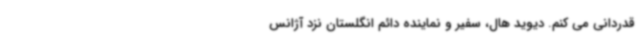
قدردانی می کنم. دیوید هال، سفیر و نماینده دائم انگلستان نزد آژانس